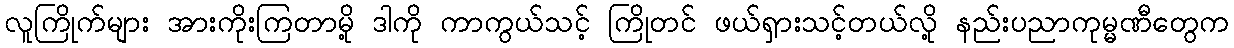
လူကြိုက်များ အားကိုးကြတာမို့ ဒါကို ကာကွယ်သင့် ကြိုတင် ဖယ်ရှားသင့်တယ်လို့ နည်းပညာကုမ္မဏီတွေက